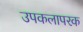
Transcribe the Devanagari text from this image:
उपकलापरक